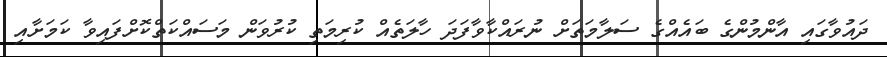
ދައުވާގައި އާންމުންގެ ބައެއްގެ ސަލާމަތަށް ނުރައްކާވާފަދަ ހާލަތެއް ކުރިމަތި ކުރުވަން މަސައްކަތްކޮށްފައިވާ ކަމަށާއި